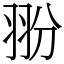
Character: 翂